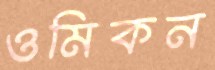
ওমিকন